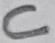
Text: C